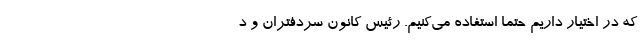
که در اختیار داریم حتماً استفاده می‌کنیم. رئیس کانون سردفتران و د